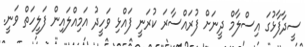
ސީދާފާޅުގަ އިސްލާމް ދީނަށް ފުރައްސާރަ ކުރަނީ ފައްޅި ވަހީދު އަމިއްލައިން ފަލީހަތް ވަނީ.